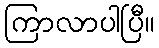
ကြာလာပါပြီ။